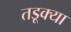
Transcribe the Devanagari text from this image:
तडूक्या